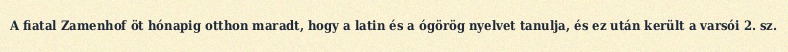
A fiatal Zamenhof öt hónapig otthon maradt, hogy a latin és a ógörög nyelvet tanulja, és ez után került a varsói 2. sz.